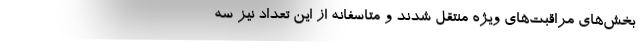
بخش‌های مراقبت‌های ویژه منتقل شدند و متاسفانه از این تعداد نیز سه